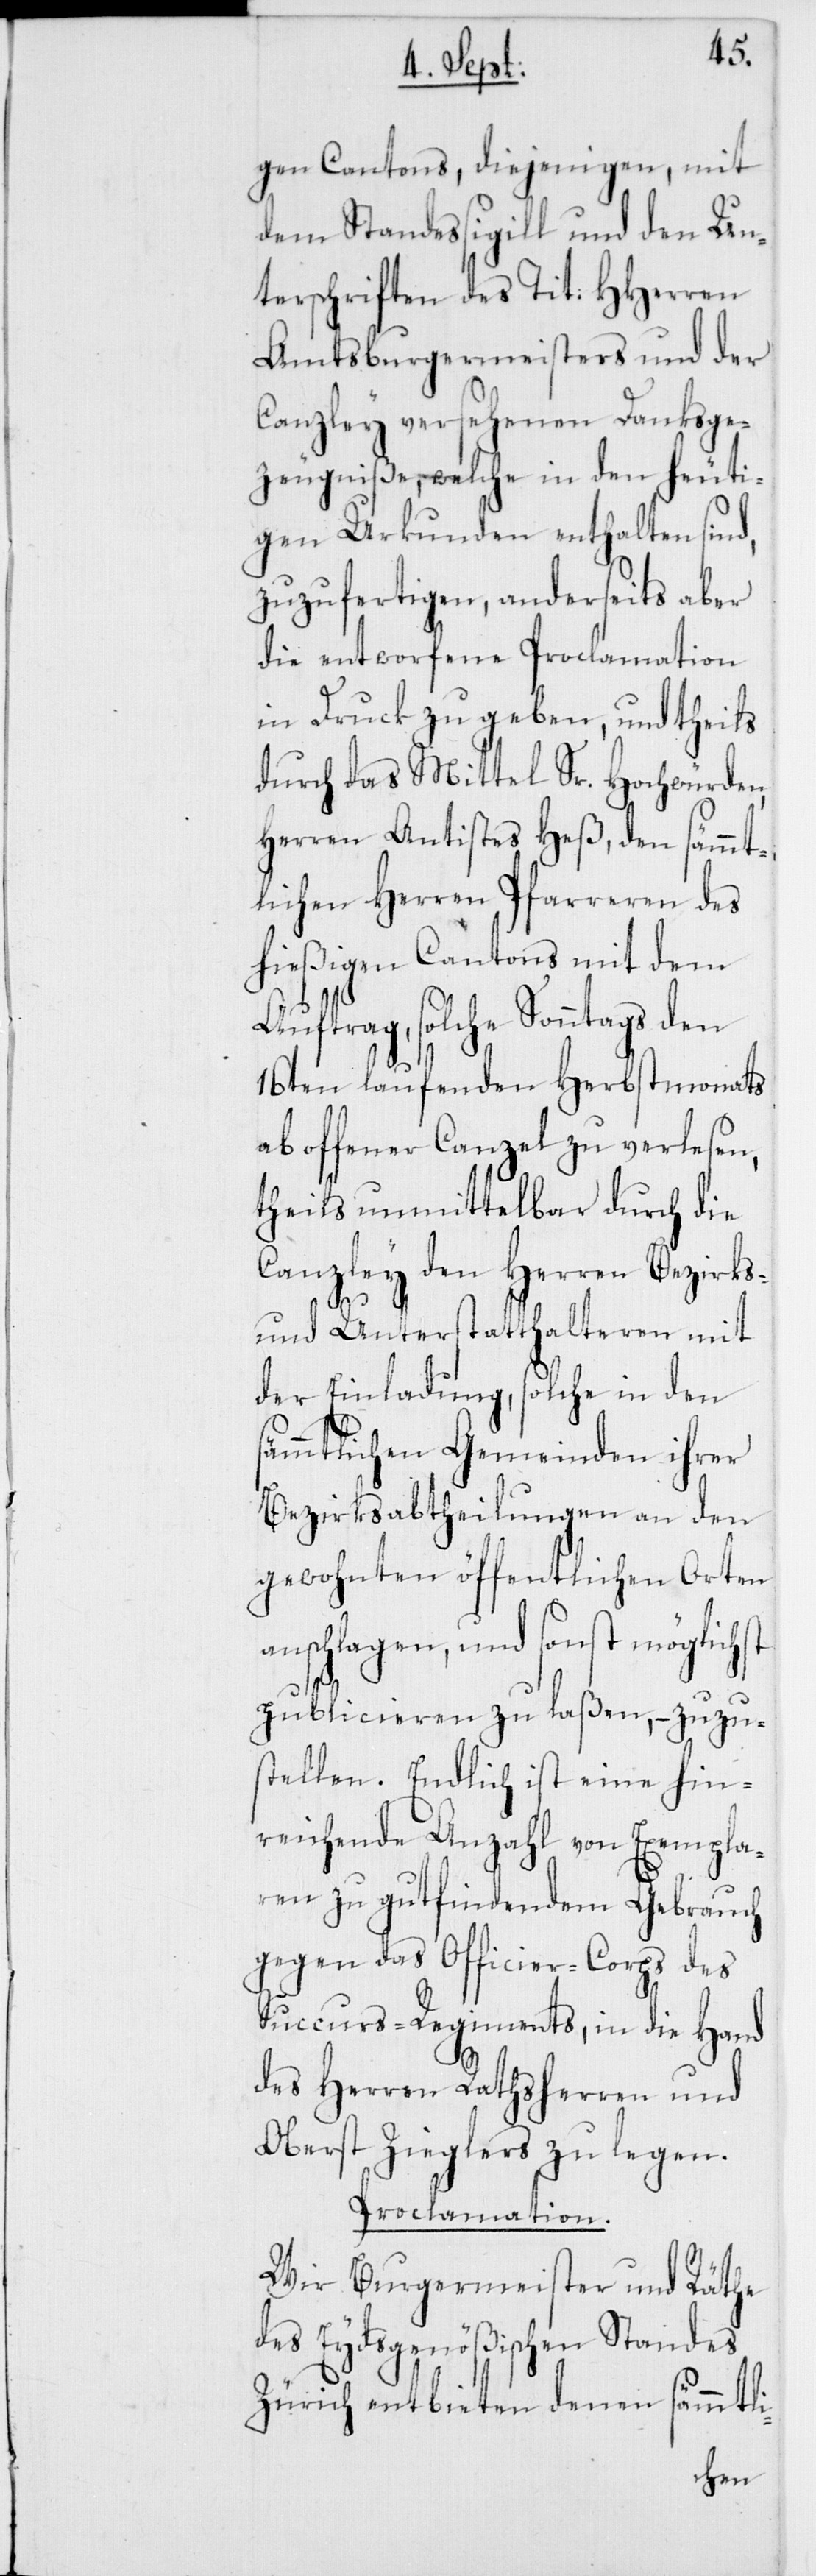
gen Cantons, diejenigen, mit
dem Standessigill und den Un¬
terschriften des Tit. HHerren
Amtsburgermeisters und der
Canzley versehenen Danksge¬
zeugniße, welche in den heuti¬
gen Urkunden enthalten sind,
zuzufertigen, anderseits aber
die entworfene Proclamation
in Druck zu geben, und theils
durch das Mittel Sr. Hochwürden,
Herren Antistes Heß, den sämmt¬
lichen Herren Pfarreren des
hießigen Cantons mit dem
Auftrag, solche Sonntags den
16ten laufenden Herbstmonats
ab offener Canzel zu verlesen,
theils unmittelbar durch die
Canzley den Herren Bezirks-
st
und Unterstatthalteren mit
der Einladung, solche in den
sämtlichen Gemeinden ihrer
Bezirksabtheilungen an den
gewohnten öffentlichen Orten
nschlagen, und sonst möglic¬
publicieren zu laßen, – zuzu¬
stellen. Endlich ist eine hin¬
reichende Anzahl von Exempla¬
ren zu gut findendem Gebrauch
gegen das Officier-Corps des
Succurs-Regiments, in die Hand
des Herren Rathsherren und
Oberst Zieglers zu legen.
Proclamation.
Wir Burgermeister und Räthe
des Eydsgenößischen Standes
Zürich entbieten denen sämmtli-